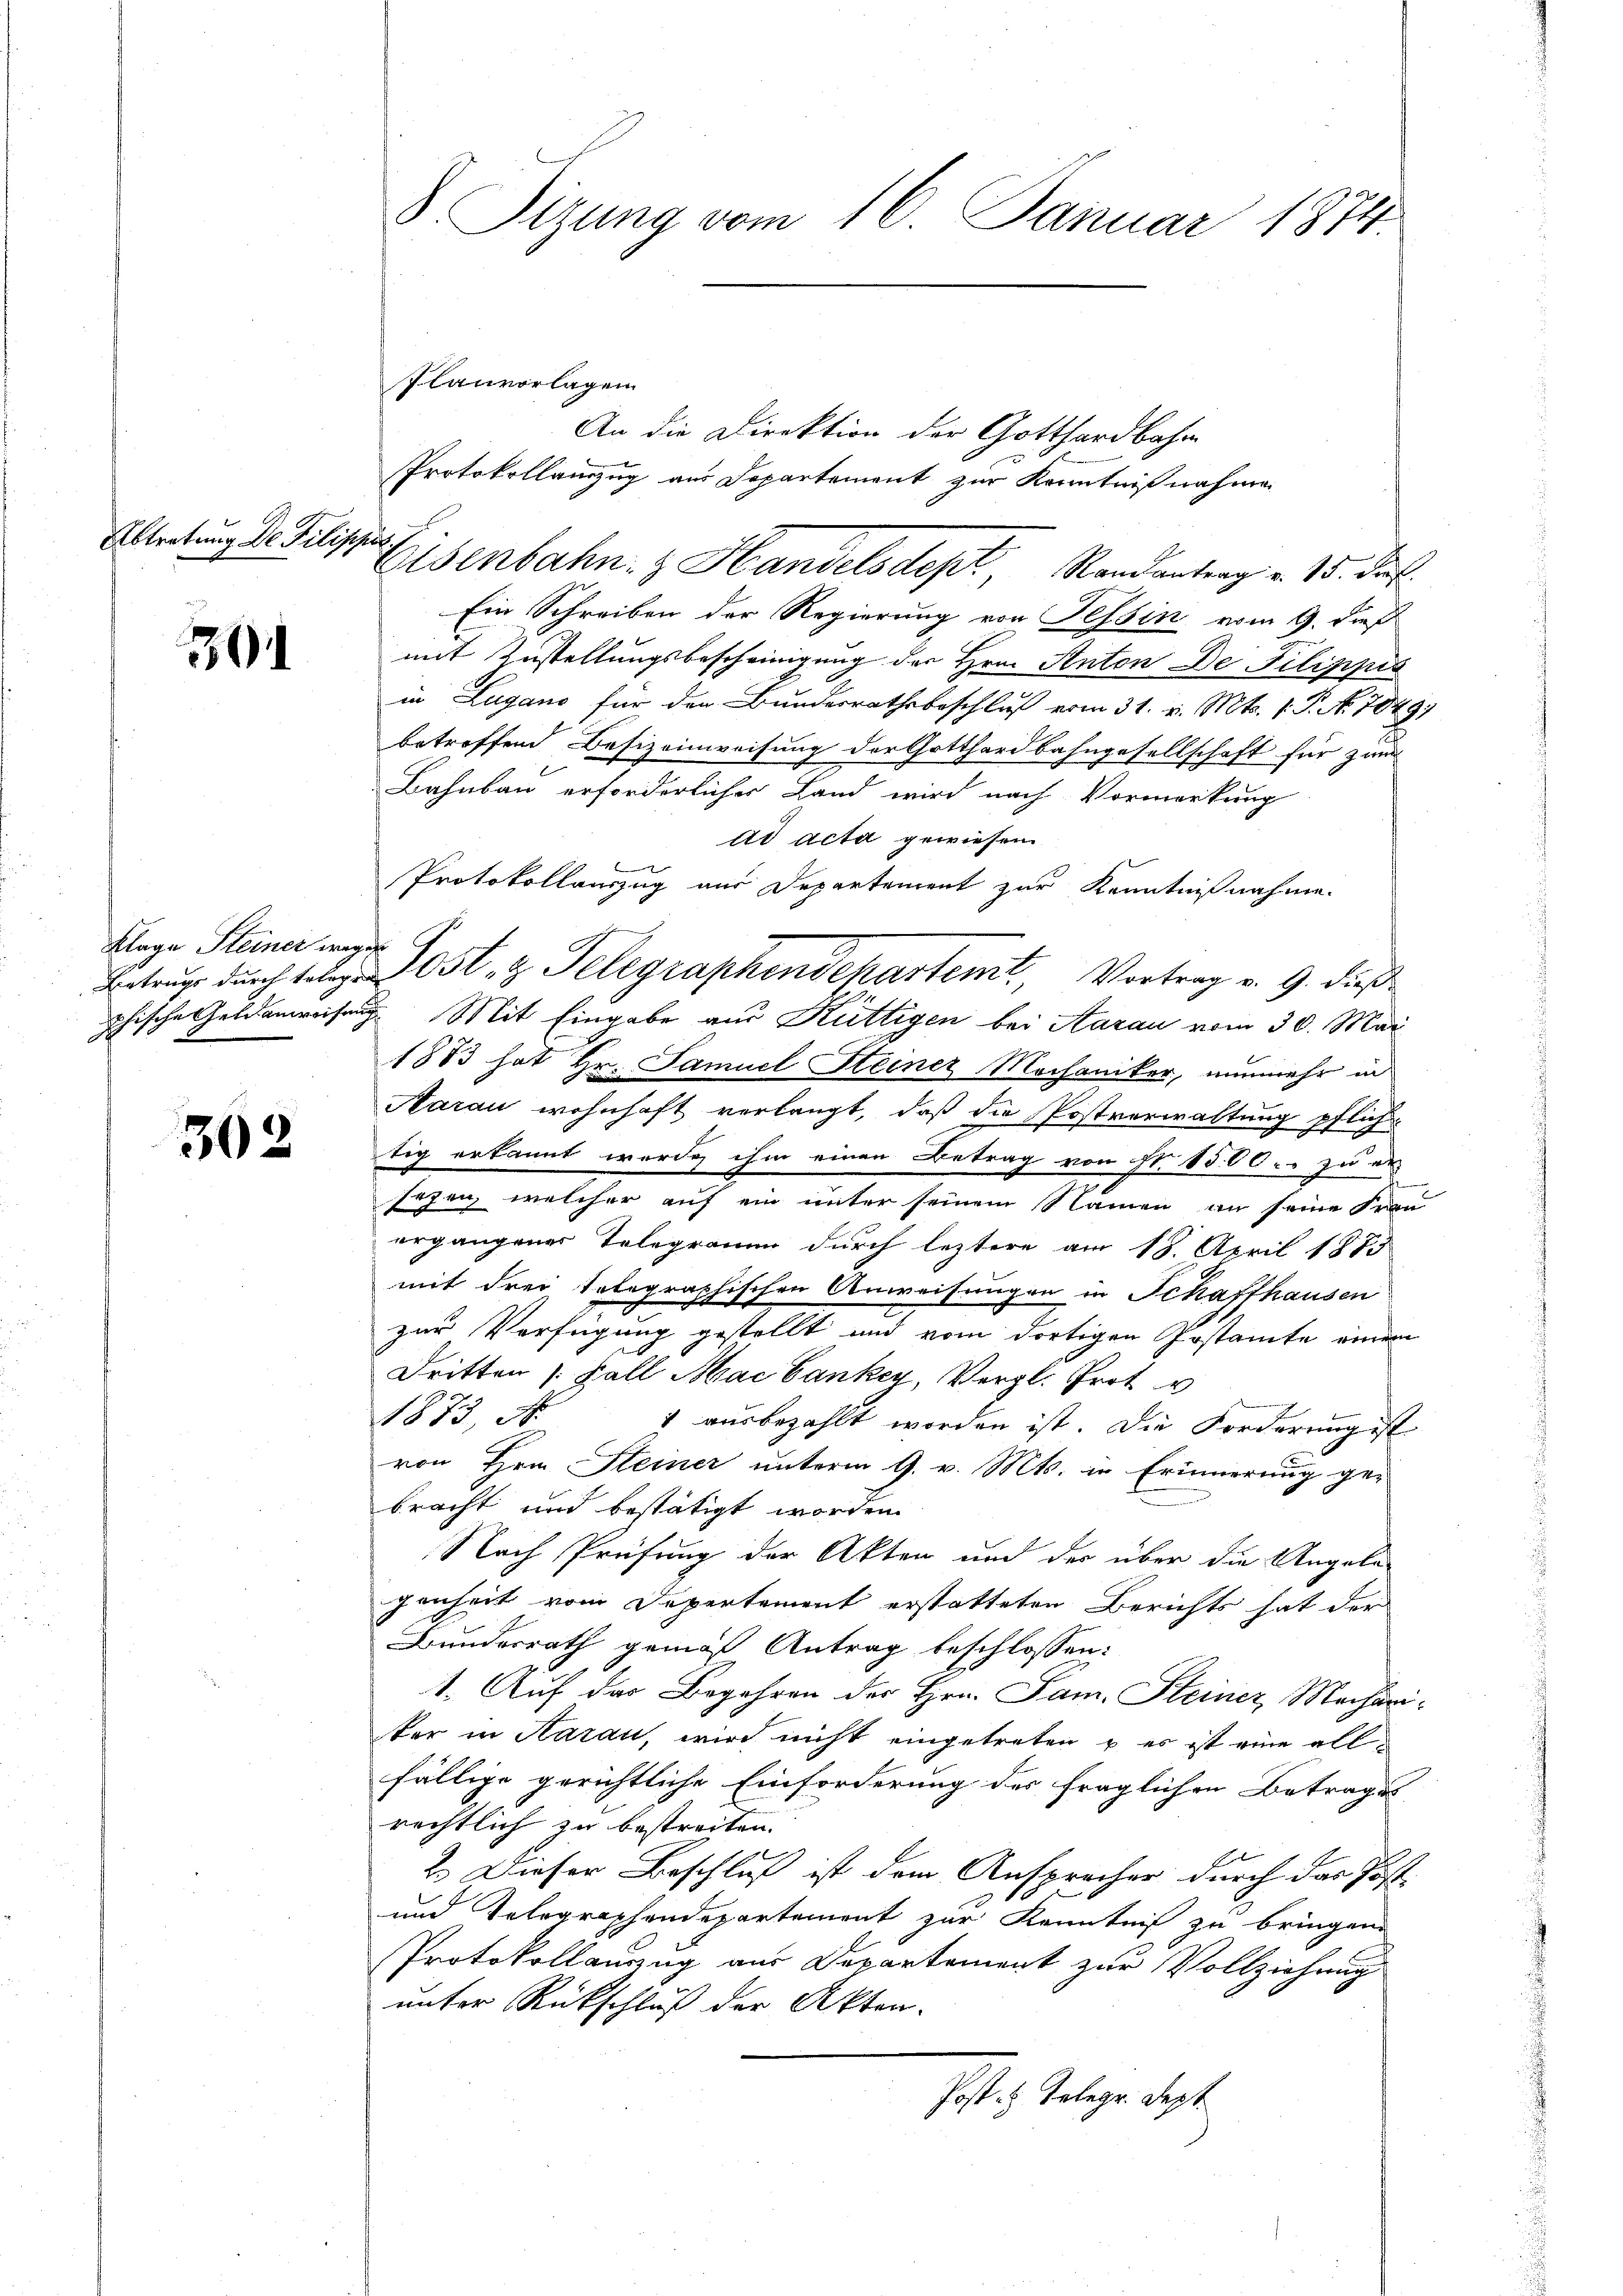
Abtretung der Filippes

3

362

Klage Steiner wegen

8 Tizung vom 16. Januar 1874.

Planvorlagen

An die Direktion der Gotthardbahn
Protokollanzug aus Departement zur Kenntnißnahmen
Ein Schreiben der Regierung von Tessin vom 9. dieß
mit Zustellungsbescheinigung des Hrn. Anton De Pilippis
in Lugano für den Bundesrathsbeschluß vom 31. v. Mts. 1. P. No. 1849;
betreffend Besizeinweisung der Gotthardbahngesellschaft für zum
Bahnbau erforderlicher Land wird nach Vormerkung
ad acta gewiesen
Protokollauszug aus Departement zur Kenntnißnahme.
Betrug durch telege Post- & Telegraphendekastent, Vortrag v. 9. dieß
phische Geldanweisung. Mit Eingabe aus Küttigen bei Aarau vom 30. Mai
1883 hat Hr. Samuel Steiner Mochaniker, nunmehr in
Aarau wohnhaft verlangt, daß die Postverwaltung pflich
tig erkannt werde ihm einen Betrag von Nr. 1500. zu er
sezen, welcher auf ein unter seinem Namen an seine Frau
ergangener Telegramm durch leztere am 18. April 1885
mit drei telegraphischen Anweisungen in Schaffhausen
zur Verfügung gestellt und vom dortigen Postamte einem
Dritten /: Fall Mai bankey, Vergl. Grot v
e
1873, N
4 ausbezahlt worden ist. Die Forderung ist
x
von Hrn. Steiner unterm 9. v. Mts. in Erinnerung ge-
bracht und bestätigt worden.
Nach Prüfung der Akten und der über die Angele-
genheit vom Depertement erstatteten Berichts hat der
Bundesrath gemäß Antrag beschlossen:
1. Auf der Begehren des Hrn. Jam. Steiner Mechariker in Aarau, wird nicht eingetreten u. es ist eine allfällige gerichtliche Einforderung des fraglichen Betrage |
rechtlich zu bestreiten.
2. Dieser Beschluß ist dem Anspracher durch das Post
und Telegraphendepartement zur Kenntniß zu bringen.
Protokollanzug aus Departement zur Vollziehung
unter Rückschluß der Akten-
Post es Telege. Sept.

Eisenbahn. z. Handelsdept, Randantrag v. 15. Frk.